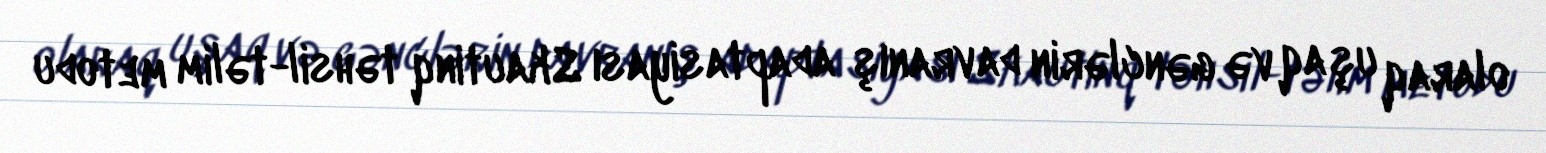
olaraq uşaq və gənclərin davranış adaptasiyası Skautinq təhsil-təlim metodu